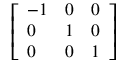
\left[ { \begin{array} { l l l } { - 1 } & { 0 } & { 0 } \\ { 0 } & { 1 } & { 0 } \\ { 0 } & { 0 } & { 1 } \end{array} } \right]